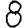
Digit: 8